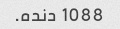
1088 دنده.